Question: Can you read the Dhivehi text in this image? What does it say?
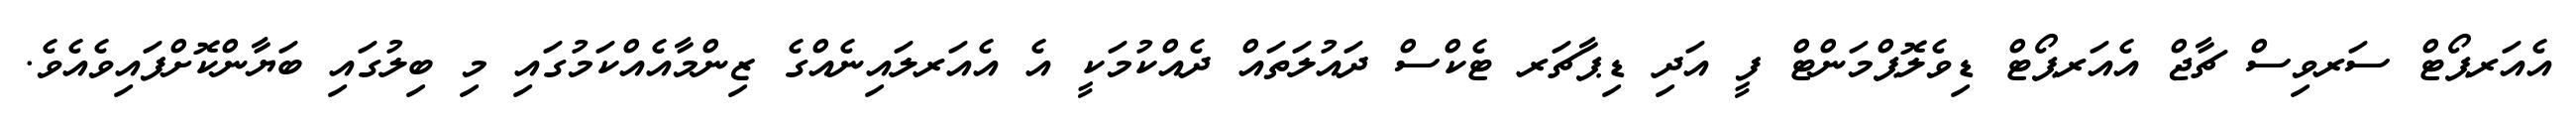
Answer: އެއަރޕޯޓް ސަރވިސް ޗާޖް އެއަރޕޯޓް ޑިވެލޮޕްމަންޓް ފީ އަދި ޑިޕާޗަރ ޓެކްސް ދައުލަތައް ދެއްކުމަކީ އެ އެއަރލައިނެއްގެ ޒިންމާއެއްކަމުގައި މި ބިލުގައި ބަޔާންކޮށްފައިވެއެވެ.